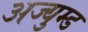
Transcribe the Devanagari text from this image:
अज्युम्ड